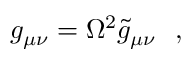
g _ { \mu \nu } = \Omega ^ { 2 } \tilde { g } _ { \mu \nu } \ \ ,